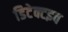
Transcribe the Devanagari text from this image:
डिटेक्टइव